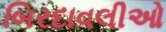
બિરદાવલીઓ